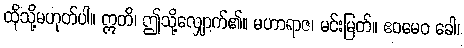
ထိုသို့မဟုတ်ပါ။ ဣတိ၊ ဤသို့လျှောက်၏။ မဟာရာဇ၊ မင်းမြတ်။ ဧဝမေဝ ခေါ၊